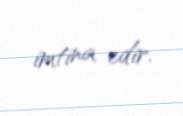
imtina edir.